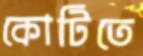
কোটিতে